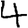
Digit: 4